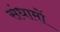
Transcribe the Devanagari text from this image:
संधामों